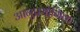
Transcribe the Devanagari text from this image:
आनुप्रयोगिक